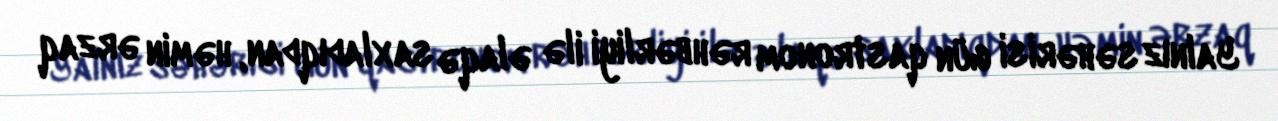
Yalnız səhərisi gün qastronom rəhbərliyi ilə əlaqə saxladıqdan, həmin ərzaq